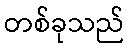
တစ်ခုသည်